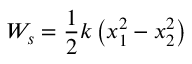
W _ { s } = { \frac { 1 } { 2 } } k \left( x _ { 1 } ^ { 2 } - x _ { 2 } ^ { 2 } \right)